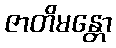
ဇာတိမန္တော